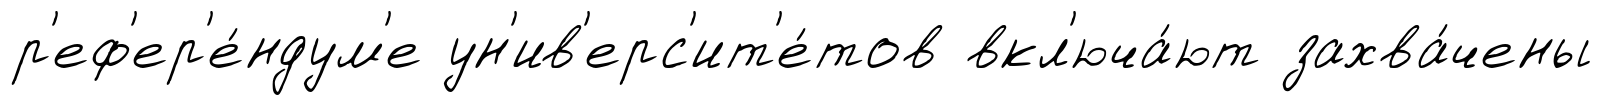
р'еф'ер'е́ндум'е ун'ив'ерс'ит'е́тов вкл'юча́ют захва́чены